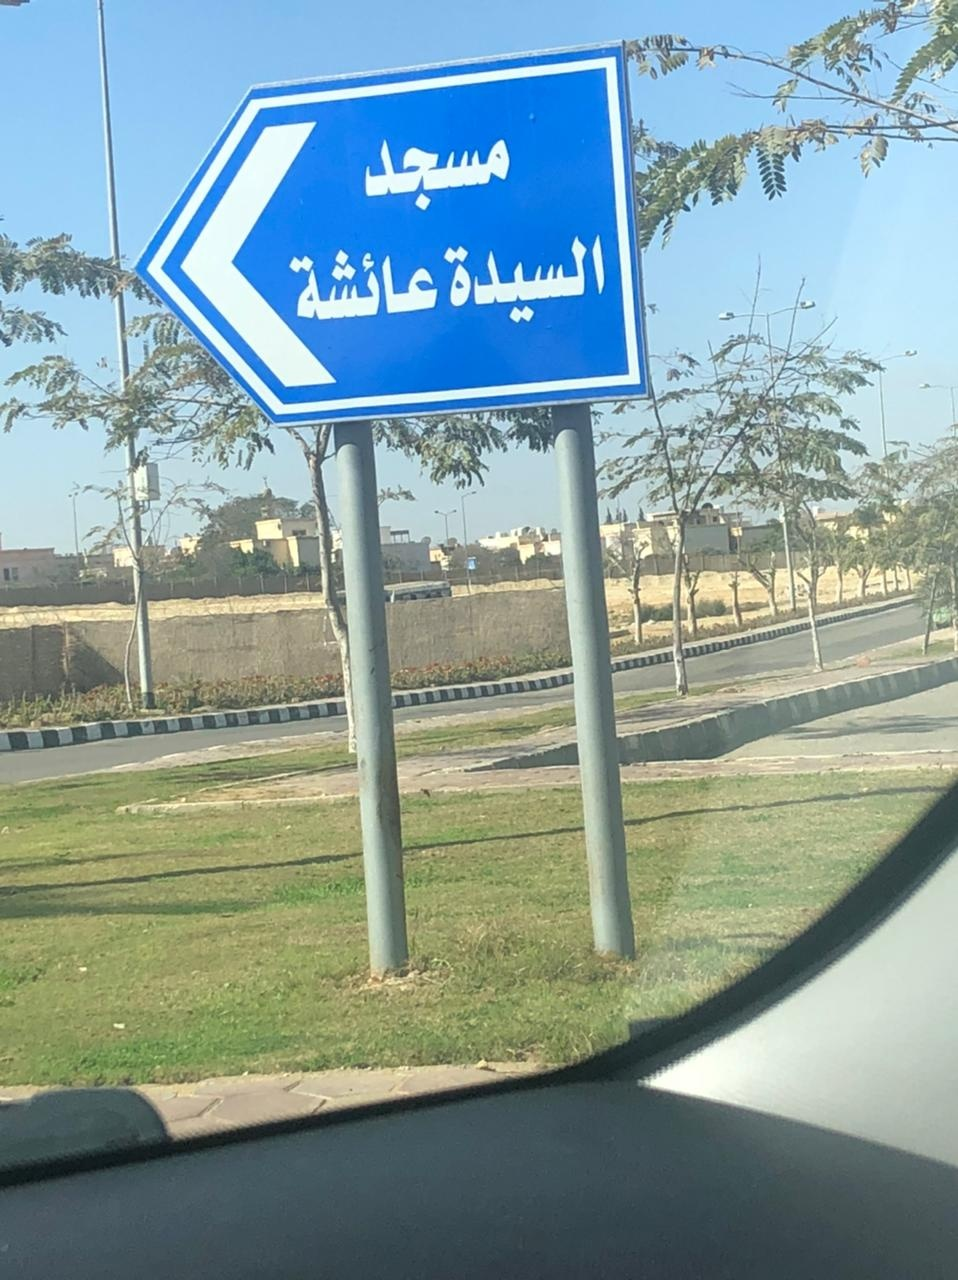
Text in image: مسجد السيدة عائشة